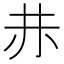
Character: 𧹘